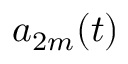
a _ { 2 m } ( t )